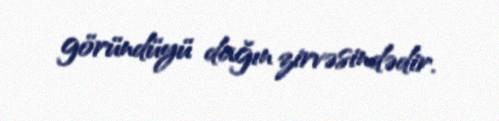
göründüyü dağın zirvəsindədir.